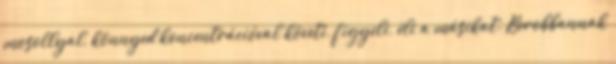
mosollyal, könnyed koncentrációval követi, figyeli, éli a másikat. Berobbannak